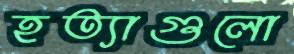
হত্যাগুলো